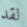
لقد